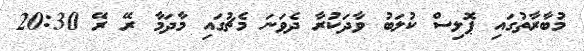
މުބާރާތުގައި ޕޮލިސް ކުލަބު ވާދަކުރާ ދެވަނަ މެޗުގައި މާދަމާ ރޭ ރޭ 20:30